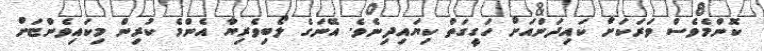
ކޮންމެވެސް ވަރަކަށް ކައިދަންއަށް ހަގީގަތް ކިޔައިދިނެވެ. އޭނަގެ ލޯބިވެރިޔާ އެންމެ ކުރިން މިކައިވެންޏަށް